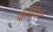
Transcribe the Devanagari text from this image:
कूरीतियों